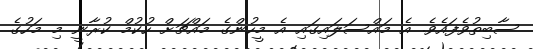
ސާބިތުވެފައެވެ. އެ މައްސަލައިގައި އެ މީހުންގެ މައްޗަށް ހުކުމް ކުރާނީ މި މަހުގެ